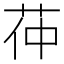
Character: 茽